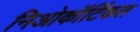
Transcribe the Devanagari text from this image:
निओकॉर्टिकल